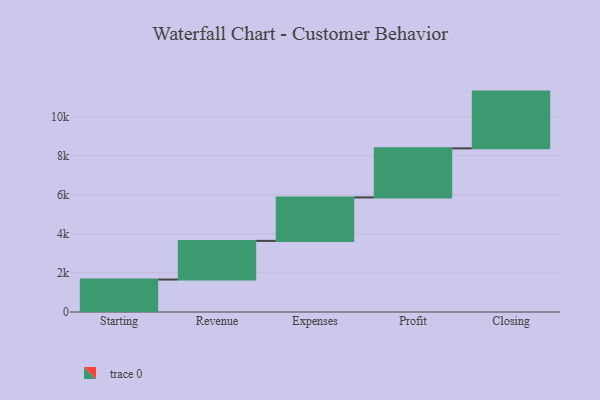
{"axis": {"x": "Step", "y": "Value"}, "legend": [""], "data": [{"x": "Starting", "y": 1664.0, "type": ""}, {"x": "Revenue", "y": 1980.0, "type": ""}, {"x": "Expenses", "y": 2227.0, "type": ""}, {"x": "Profit", "y": 2514.0, "type": ""}, {"x": "Closing", "y": 2908.0, "type": ""}]}